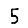
Digit: 5